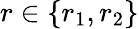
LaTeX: r\in\{ r_{1},r_{2}\}